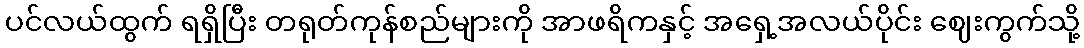
ပင်လယ်ထွက် ရရှိပြီး တရုတ်ကုန်စည်များကို အာဖရိကနှင့် အရှေ့အလယ်ပိုင်း ဈေးကွက်သို့